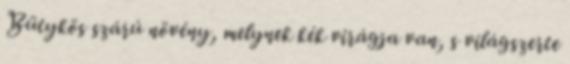
Bütykös szárú növény, melynek kék virágja van, s világszerte